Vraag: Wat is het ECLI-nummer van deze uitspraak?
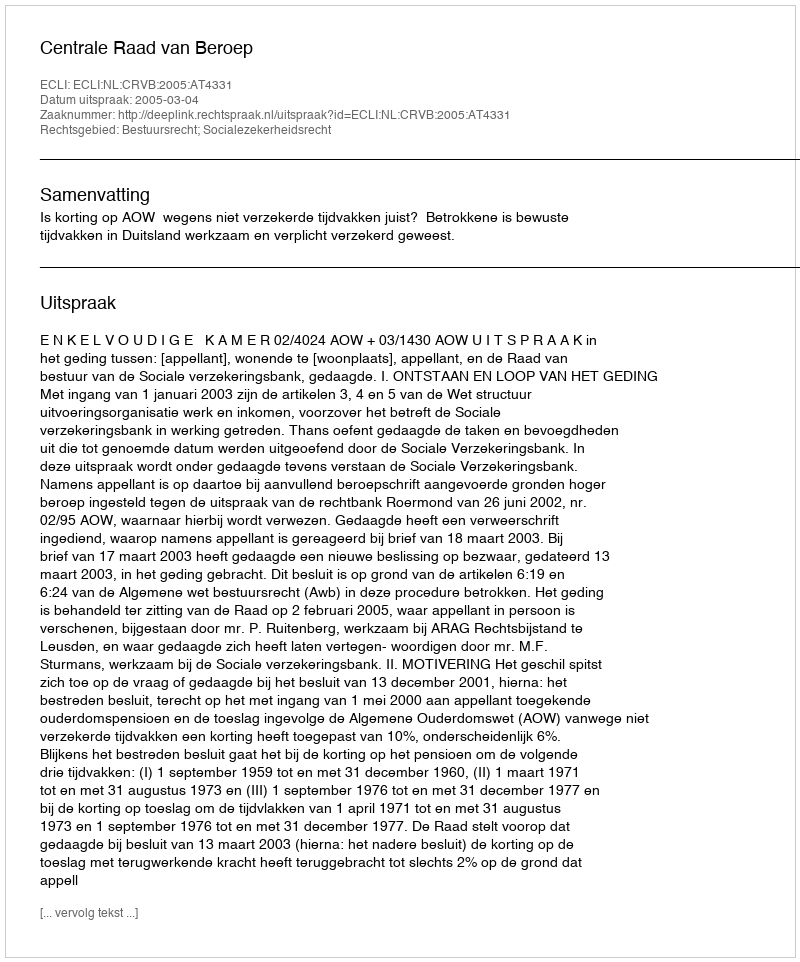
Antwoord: ECLI:NL:CRVB:2005:AT4331